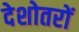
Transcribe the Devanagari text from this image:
देशोतरों